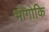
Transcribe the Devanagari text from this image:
भौगोकि